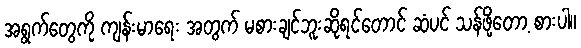
အရွက်တွေကို ကျန်းမာရေး အတွက် မစားချင်ဘူးဆိုရင်တောင် ဆံပင် သန်ဖို့တော့ စားပါ။